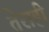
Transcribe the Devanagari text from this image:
तेराही